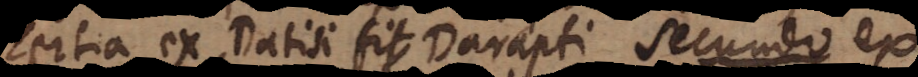
tertia ex Datisi fit Darapti. S e